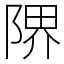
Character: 𨺬